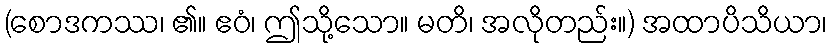
(စောဒကဿ၊ ၏။ ဧဝံ၊ ဤသို့သော။ မတိ၊ အလိုတည်း။) အထာပိသိယာ၊